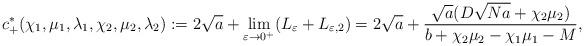
LaTeX: \begin{align*}c_{+}^{*}(\chi_1,\mu_1,\lambda_1,\chi_2,\mu_2,\lambda_2):=2\sqrt{a}+\lim_{\varepsilon\to 0^+}(L_{\varepsilon}+L_{\varepsilon,2})=2\sqrt{a}+\frac{\sqrt{a}(D\sqrt{N a}+\chi_2\mu_2)}{b+\chi_2\mu_2-\chi_1\mu_1-M},\end{align*}